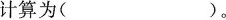
计算为( )。